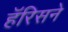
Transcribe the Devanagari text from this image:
हॅरिसने